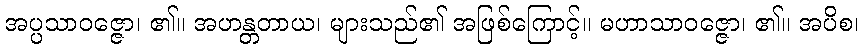
အပ္ပသာဝဇ္ဇော၊ ၏။ အဟန္တတာယ၊ များသည်၏ အဖြစ်ကြောင့်။ မဟာသာဝဇ္ဇော၊ ၏။ အပိစ၊